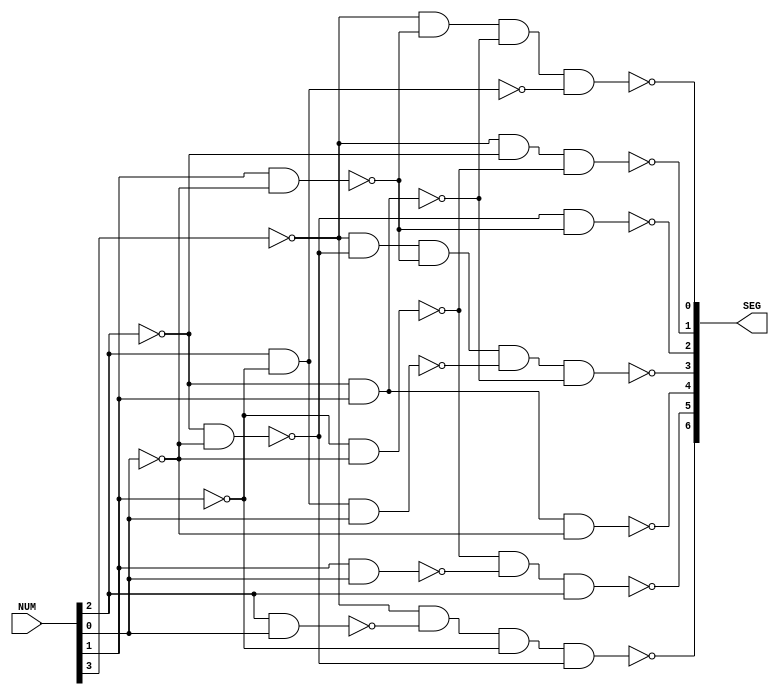
`timescale 1ns / 1ps
//////////////////////////////////////////////////////////////////////////////////
// Company:
// Engineer:
//
// Design Name:
// Module Name:    bcd_to_7_struct
// Project Name:
// Target Devices:
// Tool versions:
// Description:
//
// Dependencies:
//
// Revision:
// Revision 0.01 - File Created
// Additional Comments:
//
//////////////////////////////////////////////////////////////////////////////////
module bcd_to_7_struct(
    input [3:0] NUM,
    output [6:0] SEG
    );

	wire A, B, C, D;
	wire N_A, N_B, N_C, N_D;

	assign D = NUM[0];
	assign C = NUM[1];
	assign B = NUM[2];
	assign A = NUM[3];

	not(N_D, NUM[0]);
	not(N_C, NUM[1]);
	not(N_B, NUM[2]);
	not(N_A, NUM[3]);

	wire [15:0] M;

	assign M[0] = N_A;
	nand (M[1], B, D);
	assign M[2] = N_C;
	nand (M[3], N_B, N_D);
	nand (M[4], N_C, N_D);
	nand (M[5], C, D);
	assign M[6] = B;
	assign M[7] = N_B;
	assign M[8] = C;
	assign M[9] = N_D;
	nand (M[10], B, N_C, D);
	nand (M[11], N_B, C);
	nand (M[12], B, N_C);
	nand (M[13], C, N_D);

	// C0
	nand (SEG[6], M[0], M[1], M[2], M[3]);

	// C1
	nand (SEG[5], M[4], M[5], M[6]);

	// C2
	nand (SEG[4], M[7], M[8], M[9]);

	// C3
	nand (SEG[3], M[0], M[3], M[13], M[10], M[11]);

	// C4
	nand (SEG[2], M[3], M[13]);

	// C5
	nand (SEG[1], M[0], M[7], M[4]);

	// C6
	nand (SEG[0], M[0], M[13], M[11], M[12]);

endmodule